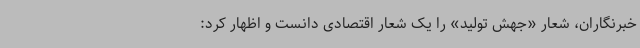
خبرنگاران، شعار «جهش تولید» را یک شعار اقتصادی دانست و اظهار کرد: